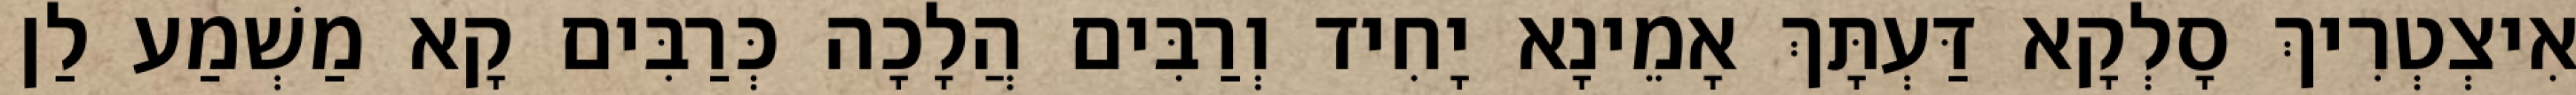
אִיצְטְרִיךְ סָלְקָא דַּעְתָּךְ אָמֵינָא יָחִיד וְרַבִּים הֲלָכָה כְּרַבִּים קָא מַשְׁמַע לַן